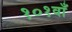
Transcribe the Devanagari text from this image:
१०१वाँ